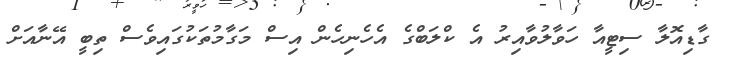
ގާޑިއޮލާ ސިޓީއާ ހަވާލުވާއިރު އެ ކްލަބްގެ އެހެނިހެން އިސް މަގާމުތަކުގައިވެސް ތިބީ އޭނާއަށް